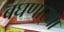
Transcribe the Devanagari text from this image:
बघणार्‍या